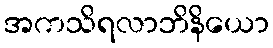
အကသိရလာဘိနိယော